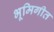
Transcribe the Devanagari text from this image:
भूमिगीत